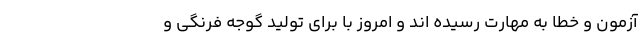
آزمون و خطا به مهارت رسیده اند و امروز با برای تولید گوجه فرنگی و